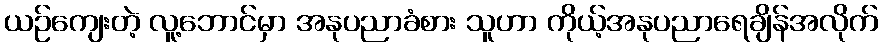
ယဉ်ကျေးတဲ့ လူ့ဘောင်မှာ အနုပညာခံစား သူဟာ ကိုယ့်အနုပညာရေချိန်အလိုက်